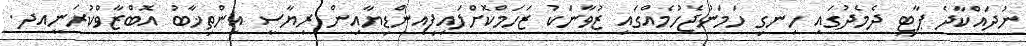
ނުދައްކާދެ ޕާޓީ ދެމެދުގައި ހިނގި ހަމަނުޖެހުމެއްގައި ޒުވާނަކު ޒަހަމްކޮށްލައިފިއިންޑިޔާއިން ރިޔާސީ އިންތިޚާބު އޮބްޒާވްކުރަނީއދ.